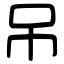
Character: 吊